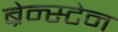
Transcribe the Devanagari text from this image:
ब्रेन्स्टेन